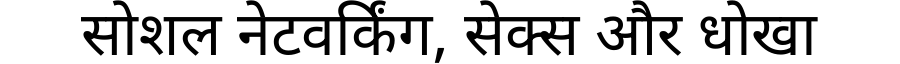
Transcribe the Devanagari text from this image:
सोशल नेटवर्किंग, सेक्स और धोखा